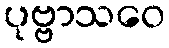
ပုဗ္ဗာသဝေ